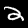
Label: 2